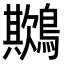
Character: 𪅾